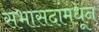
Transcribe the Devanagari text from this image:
सभासदांमधून